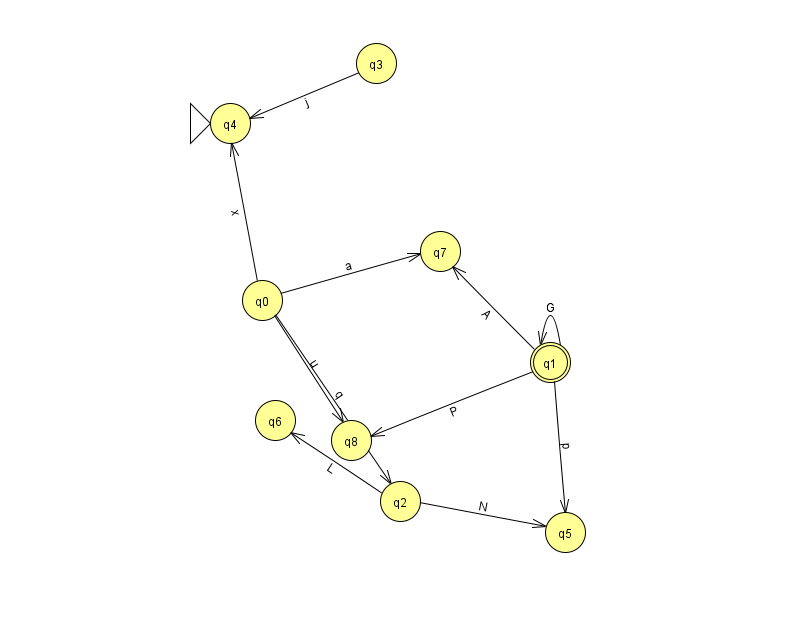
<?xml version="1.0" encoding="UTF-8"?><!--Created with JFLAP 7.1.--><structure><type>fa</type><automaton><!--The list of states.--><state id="0" name="q0"><x>262.0</x><y>287.0</y></state><state id="1" name="q1"><x>550.0</x><y>349.0</y><final/></state><state id="2" name="q2"><x>400.0</x><y>488.0</y></state><state id="3" name="q3"><x>376.0</x><y>50.0</y></state><state id="4" name="q4"><x>230.0</x><y>110.0</y><initial/></state><state id="5" name="q5"><x>565.0</x><y>519.0</y></state><state id="6" name="q6"><x>275.0</x><y>407.0</y></state><state id="7" name="q7"><x>440.0</x><y>238.0</y></state><state id="8" name="q8"><x>351.0</x><y>427.0</y></state><!--The list of transitions.--><transition><from>0</from><to>7</to><read>a</read></transition><transition><from>0</from><to>4</to><read>x</read></transition><transition><from>0</from><to>2</to><read>q</read></transition><transition><from>1</from><to>7</to><read>A</read></transition><transition><from>0</from><to>8</to><read>u</read></transition><transition><from>3</from><to>4</to><read>j</read></transition><transition><from>1</from><to>8</to><read>P</read></transition><transition><from>1</from><to>1</to><read>G</read></transition><transition><from>2</from><to>5</to><read>N</read></transition><transition><from>1</from><to>5</to><read>p</read></transition><transition><from>2</from><to>6</to><read>L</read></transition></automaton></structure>